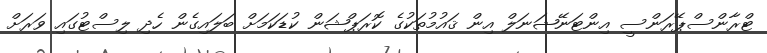
ޓްރާންސްޕޭރަންސީ އިންޓަނޭޝަނަލް އިން ޤައުމުތަކުގެ ކޮރަޕްޝަން ކުޑަކަމަށް ބަލައިގެން ހެދި ލިސްޓުގައި ވަރަށް